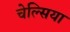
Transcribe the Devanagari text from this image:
चेल्‍िसया